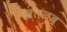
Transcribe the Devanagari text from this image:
खतलब